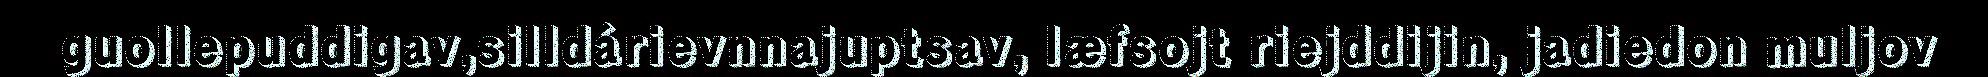
guollepuddigav,silldárievnnajuptsav, læfsojt riejddijin, jadiedon muljov